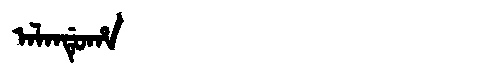
Manchu: ᠠᠯᠠᠨᡩᡠᡥᠠ
Romanization: ALANDUHA